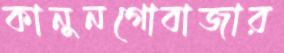
কানুনগোবাজার